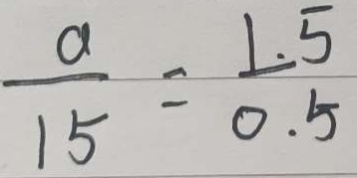
\frac { a } { 1 5 } = \frac { 1 . 5 } { 0 . 5 }